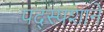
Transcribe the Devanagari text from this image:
पद्स्पशाने